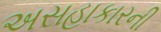
અસહાકારની